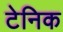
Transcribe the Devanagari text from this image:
टेनिक